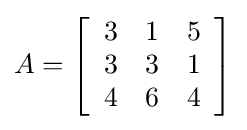
{\displaystyle A=\left[{\begin{array}{rrr}3&1&5\\3&3&1\\4&6&4\end{array}}\right]}